Preliminary report on an investigation into the etiology of Oriental sore in Cambay - Number 50
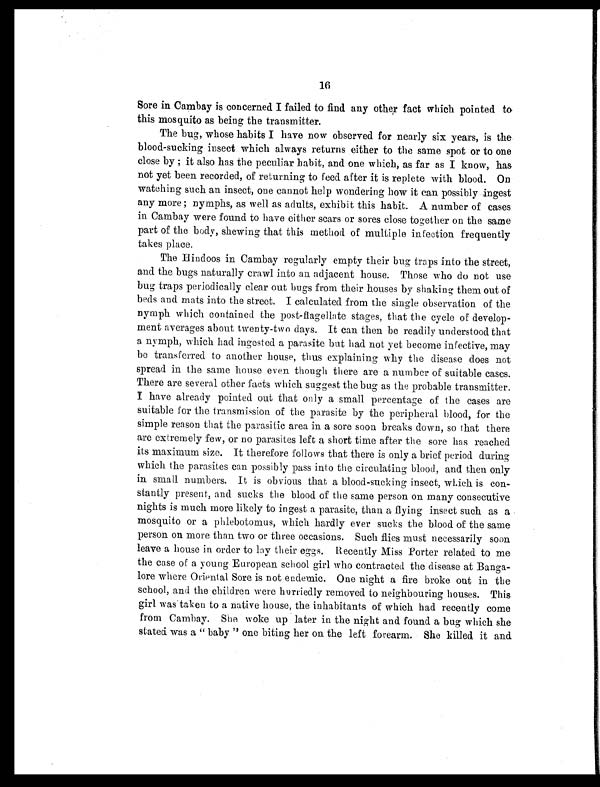
16
Sore in Cambay is concerned I failed to find any other fact which pointed to
this mosquito as being the transmitter.
The bug, whose habits I have now observed for nearly six years, is the
blood-sucking insect which always returns either to the same spot or to one
close by ; it also has the peculiar habit, and one which, as far as I know, has
not yet been recorded, of returning to feed after it is replete with blood. On
watching such an insect, one cannot help wondering how it can possibly ingest
any more; nymphs, as well as adults, exhibit this habit. A number of cases
in Cambay were found to have either scars or sores close together on the same
part of the body, spewing that this method of multiple infection frequently
takes place.
The Hindoos in Cambay regularly empty their bug traps into the street,
and the bugs naturally crawl into an adjacent house. Those who do not use
bug traps periodically clear out bugs from their houses by shaking them out of
beds and mats into the street. I calculated from the single observation of the
nymph which contained the post-flagellate stages, that the cycle of develop
ment averages about twenty-two days. It can then be readily understood that
a nymph, which had ingested a parasite but had not yet become infective, may
be transferred to another house, thus explaining why the disease does not
spread in the same house even though there are a number of suitable cases.
There are several other facts which suggest the bug as the probable transmitter.
I have already pointed out that only a small percentage of the cases are
suitable for the transmission of the parasite by the peripheral blood, for the
simple reason that the parasitic area in a sore soon breaks down, so that there
are extremely few, or no parasites left a short time after the sore has reached
its maximum size. It therefore follows that there is only a brief period during
which the parasites can possibly pass into the circulating blood, and then only
in small numbers. It is obvious that a blood-sucking insect, wLich is con-
stantly present, and sucks the blood of the same person on many consecutive
nights is much more likely to ingest a parasite, than a flying insect such as a
mosquito or a phlebotomus, which hardly ever sucks the blood of the same
person on more than two or three occasions. Such flies must necessarily soon
leave a house in order to lay their eggs. Recently Miss Porter related to me
the case of a young European school girl who contracted the disease at Banga-
lore where Oriental Sore is not endemic. One night a fire broke out in the
school, and the children were hurriedly removed to neighbouring houses. This
girl was taken to a native house, the inhabitants of which had recently come
from Cambay. She woke up later in the night and found a bug which she
stated was a " baby " one biting her on the left forearm. She killed it and